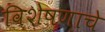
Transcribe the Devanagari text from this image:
विशेषणाचे